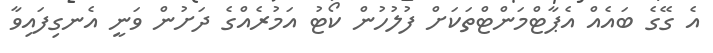
އެ ގޭގެ ބައެއް އެޕާޓްމަންޓްތަކަށް ފުލުހުން ކޯޓު އަމުރެއްގެ ދަށުން ވަނީ އެނގިފައިވާ